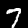
Digit: 7